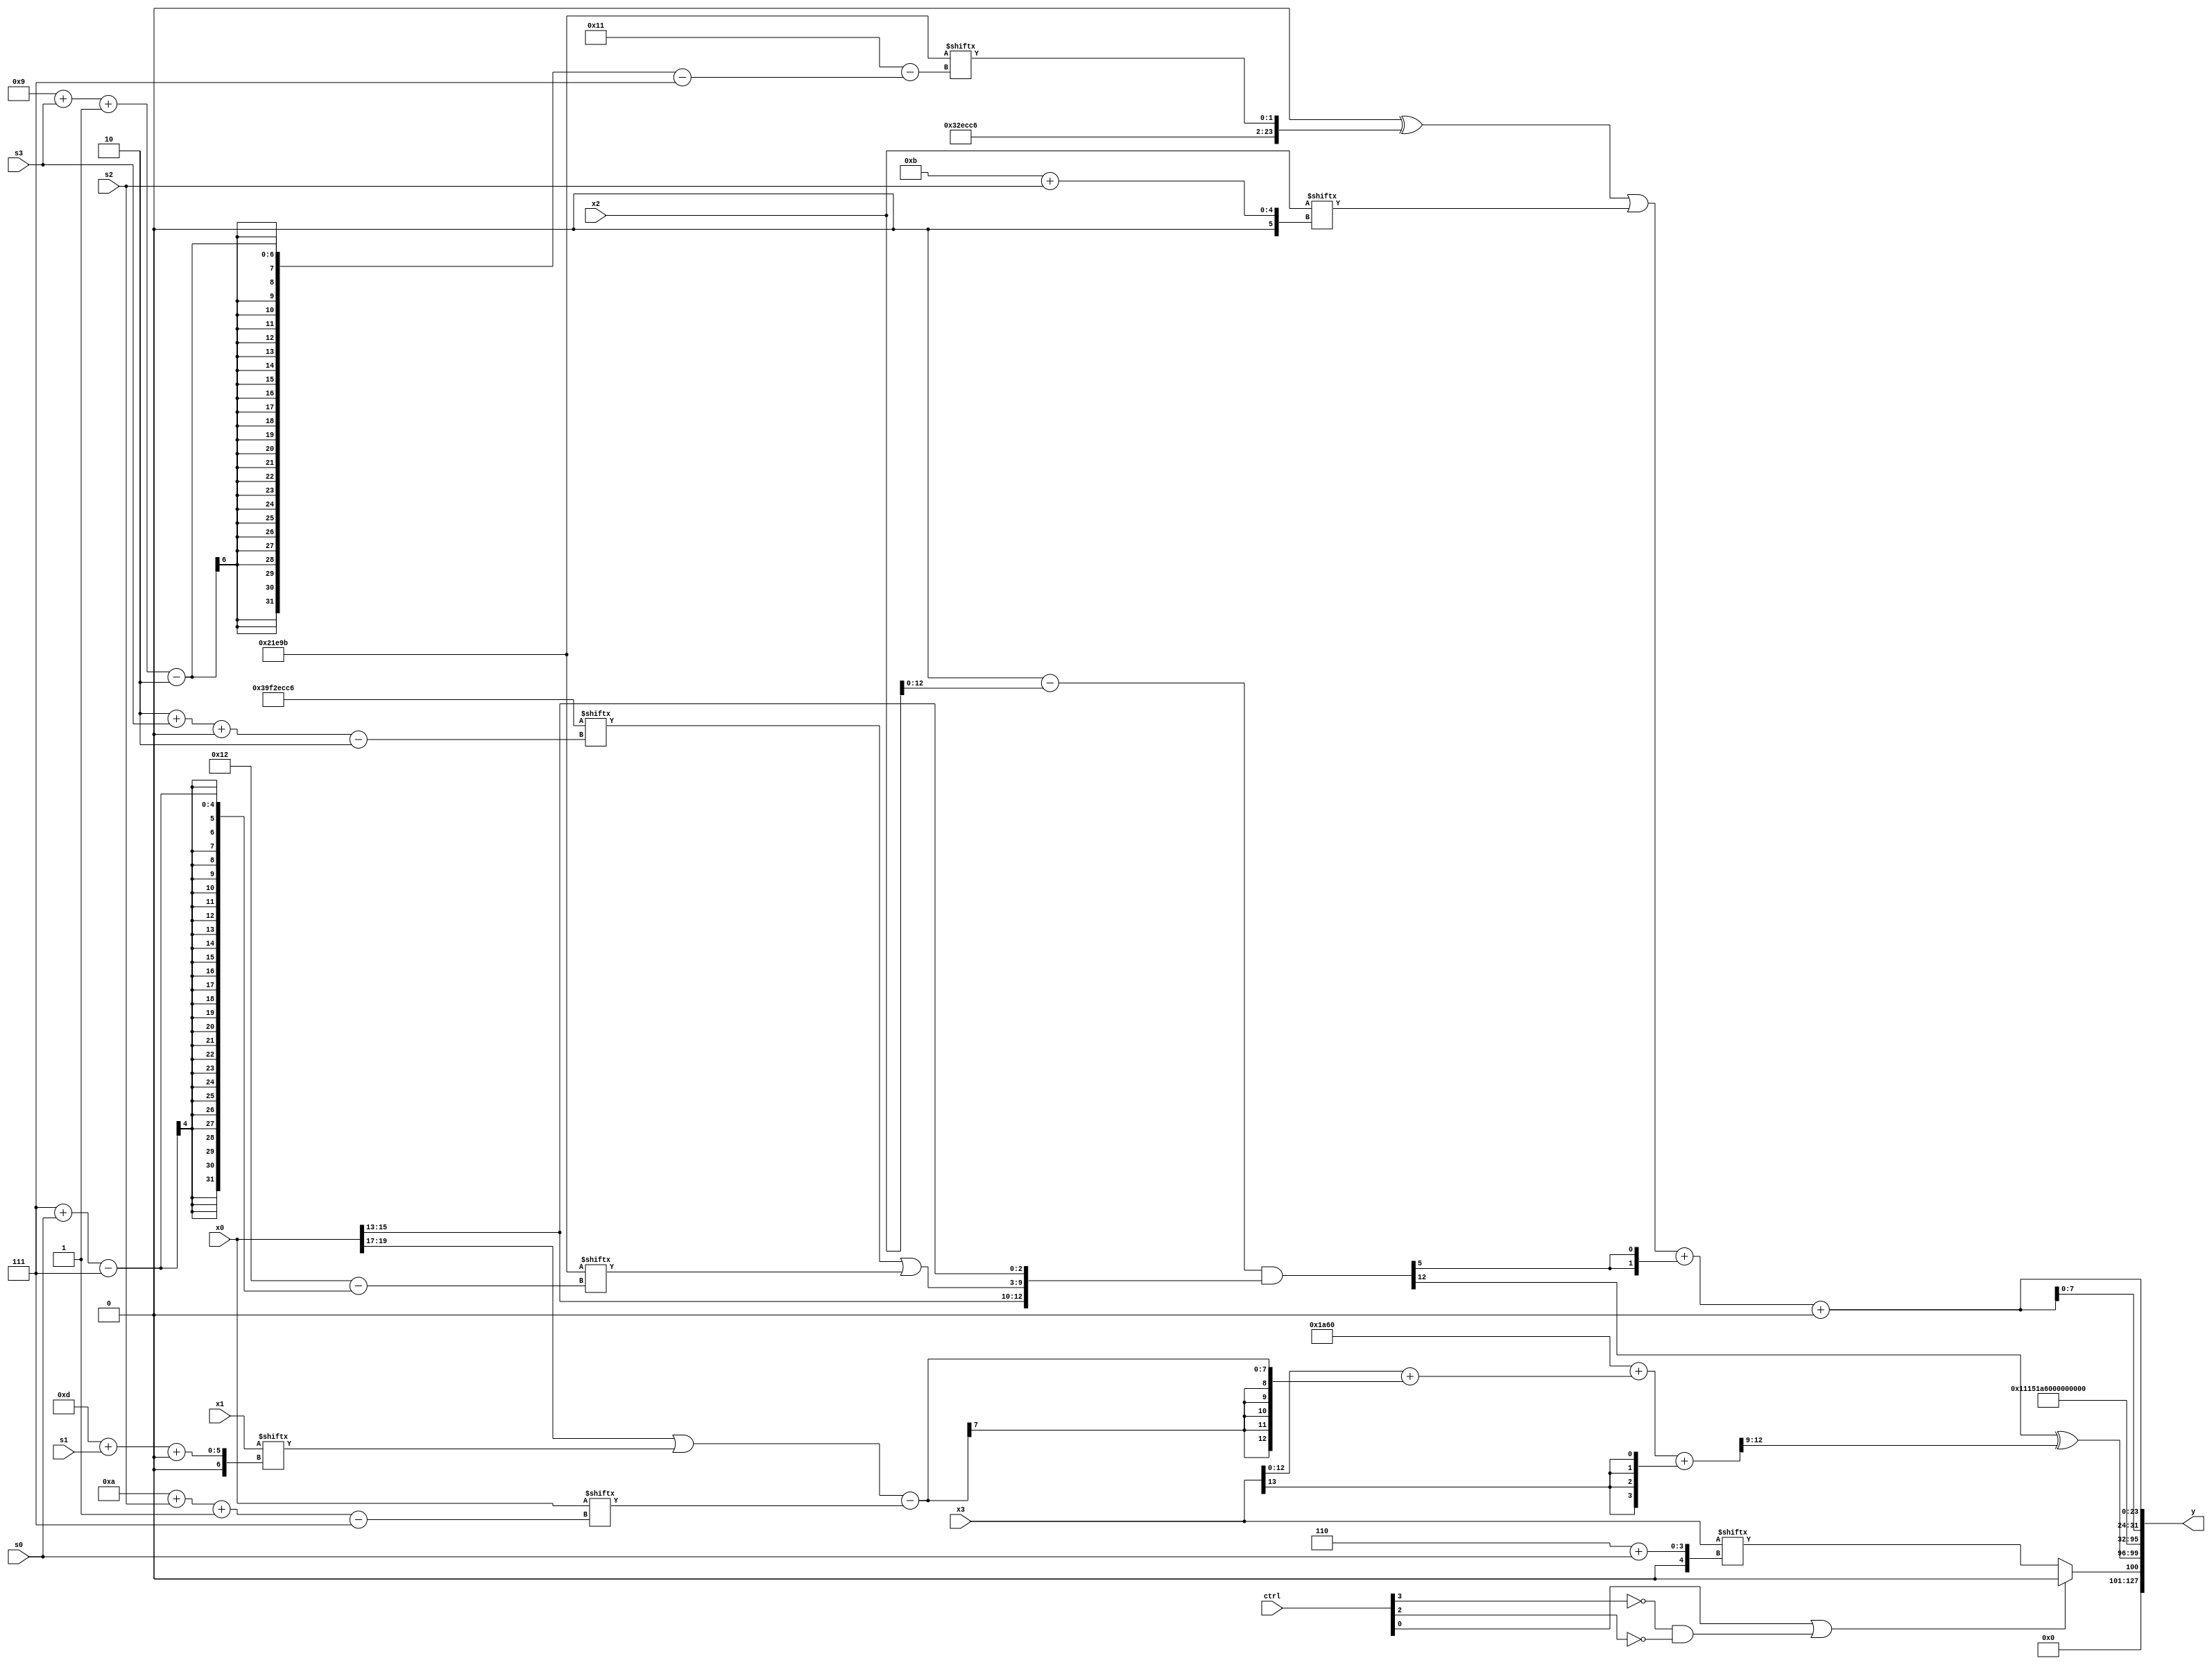
module partsel_00294(ctrl, s0, s1, s2, s3, x0, x1, x2, x3, y);
  input [3:0] ctrl;
  input [2:0] s0;
  input [2:0] s1;
  input [2:0] s2;
  input [2:0] s3;
  input [31:0] x0;
  input [31:0] x1;
  input signed [31:0] x2;
  input [31:0] x3;
  wire signed [3:31] x4;
  wire signed [4:26] x5;
  wire [0:29] x6;
  wire [7:26] x7;
  wire signed [29:1] x8;
  wire [28:4] x9;
  wire [25:2] x10;
  wire [7:24] x11;
  wire signed [1:30] x12;
  wire [6:24] x13;
  wire signed [0:26] x14;
  wire [5:26] x15;
  output [127:0] y;
  wire signed [31:0] y0;
  wire [31:0] y1;
  wire signed [31:0] y2;
  wire signed [31:0] y3;
  assign y = {y0,y1,y2,y3};
  localparam [0:28] p0 = 286595680;
  localparam [7:25] p1 = 37363355;
  localparam signed [28:7] p2 = 988520931;
  localparam signed [31:2] p3 = 972221638;
  assign x4 = ((p0 + {p2, {2{(x3 + ((x0[17 +: 3] | x1[13 + s1 +: 5]) - x0[10 + s2 -: 7]))}}}) + {2{{2{x3[13]}}}});
  assign x5 = (((ctrl[1] && !ctrl[3] && ctrl[3] ? p1[9 +: 3] : p2[11]) - x2) & {{2{x0[20]}}, {2{{(p3[2 + s3 +: 7] | p1[7 + s0]), x0[13 +: 3]}}}});
  assign x6 = (ctrl[3] && !ctrl[3] && ctrl[3] ? (x4[19 -: 1] - x1) : {2{(x5[13] - (x1[18 + s2 +: 5] - (x5 | x4[7 + s1])))}});
  assign x7 = {x3[12 +: 3], x4[8 + s3 -: 2]};
  assign x8 = (!ctrl[3] || !ctrl[0] && !ctrl[3] ? {2{p0[16]}} : (!ctrl[0] && ctrl[0] || ctrl[3] ? x3[7 + s3 -: 3] : p1));
  assign x9 = (p3 + p1[13 + s3]);
  assign x10 = {p3, p1[9 + s3 -: 2]};
  assign x11 = {2{{2{(x4[19 +: 1] & p1[18 +: 1])}}}};
  assign x12 = x8;
  assign x13 = x7[3 + s2 +: 8];
  assign x14 = p1;
  assign x15 = (ctrl[2] || !ctrl[2] && !ctrl[0] ? p2[17 + s3] : x6[11 + s2]);
  assign y0 = {(ctrl[0] || !ctrl[3] && !ctrl[2] ? x11[14 +: 2] : x3[6 + s0]), (x5[14 -: 1] ^ x4[22 -: 4])};
  assign y1 = p0;
  assign y2 = p0[19];
  assign y3 = {({((!ctrl[2] && ctrl[2] && ctrl[2] ? x9[30 + s1 -: 1] : p1[28 + s0 -: 1]) | {x15[15 +: 1], p1[9 + s1 +: 4]}), {p2, x11}} + (((x9[14 + s1 +: 2] ^ p0[7 + s2 +: 5]) & (!ctrl[3] || ctrl[1] && ctrl[0] ? p0[3 + s2 +: 8] : x1[2 + s3 +: 2])) + ((x0[23 -: 3] ^ p1[13 + s2 +: 4]) ^ (p1 - p3)))), {2{((((p1[12] ^ x10) | x2[11 + s2]) + {2{x5[21]}}) + (p2[12] & p2[9 +: 1]))}}};
endmodule